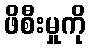
ဖိစီးမှုကို